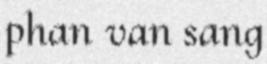
phan van sang